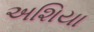
અશિયા